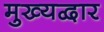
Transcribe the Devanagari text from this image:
मुख्‍यद्वार